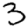
Digit: 3